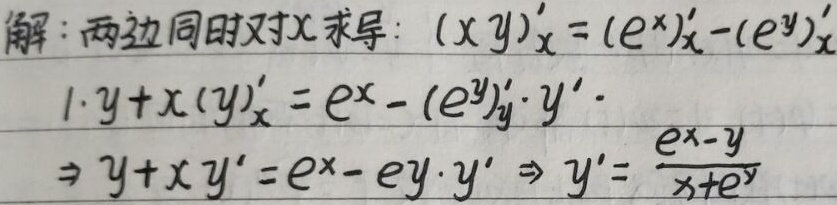
解：两边同时对\(x\)求导：\((xy)_{x}'=(e^{x})_{x}'-(e^{y})_{x}'\)
\(1\cdot y + x(y)_{x}' = e^{x} - (e^{y})_{y}'\cdot y'\)
\(\Rightarrow y + xy' = e^{x} - e^{y}\cdot y' \Rightarrow y' = \frac{e^{x}-y}{x + e^{y}}\)